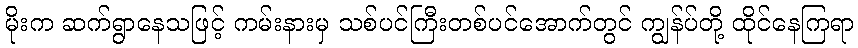
မိုးက ဆက်ရွာနေသဖြင့် ကမ်းနားမှ သစ်ပင်ကြီးတစ်ပင်အောက်တွင် ကျွန်ပ်တို့ ထိုင်နေကြရာ